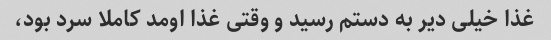
غذا خیلی دیر به دستم رسید و وقتی غذا اومد کاملا سرد بود،